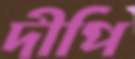
দীপি